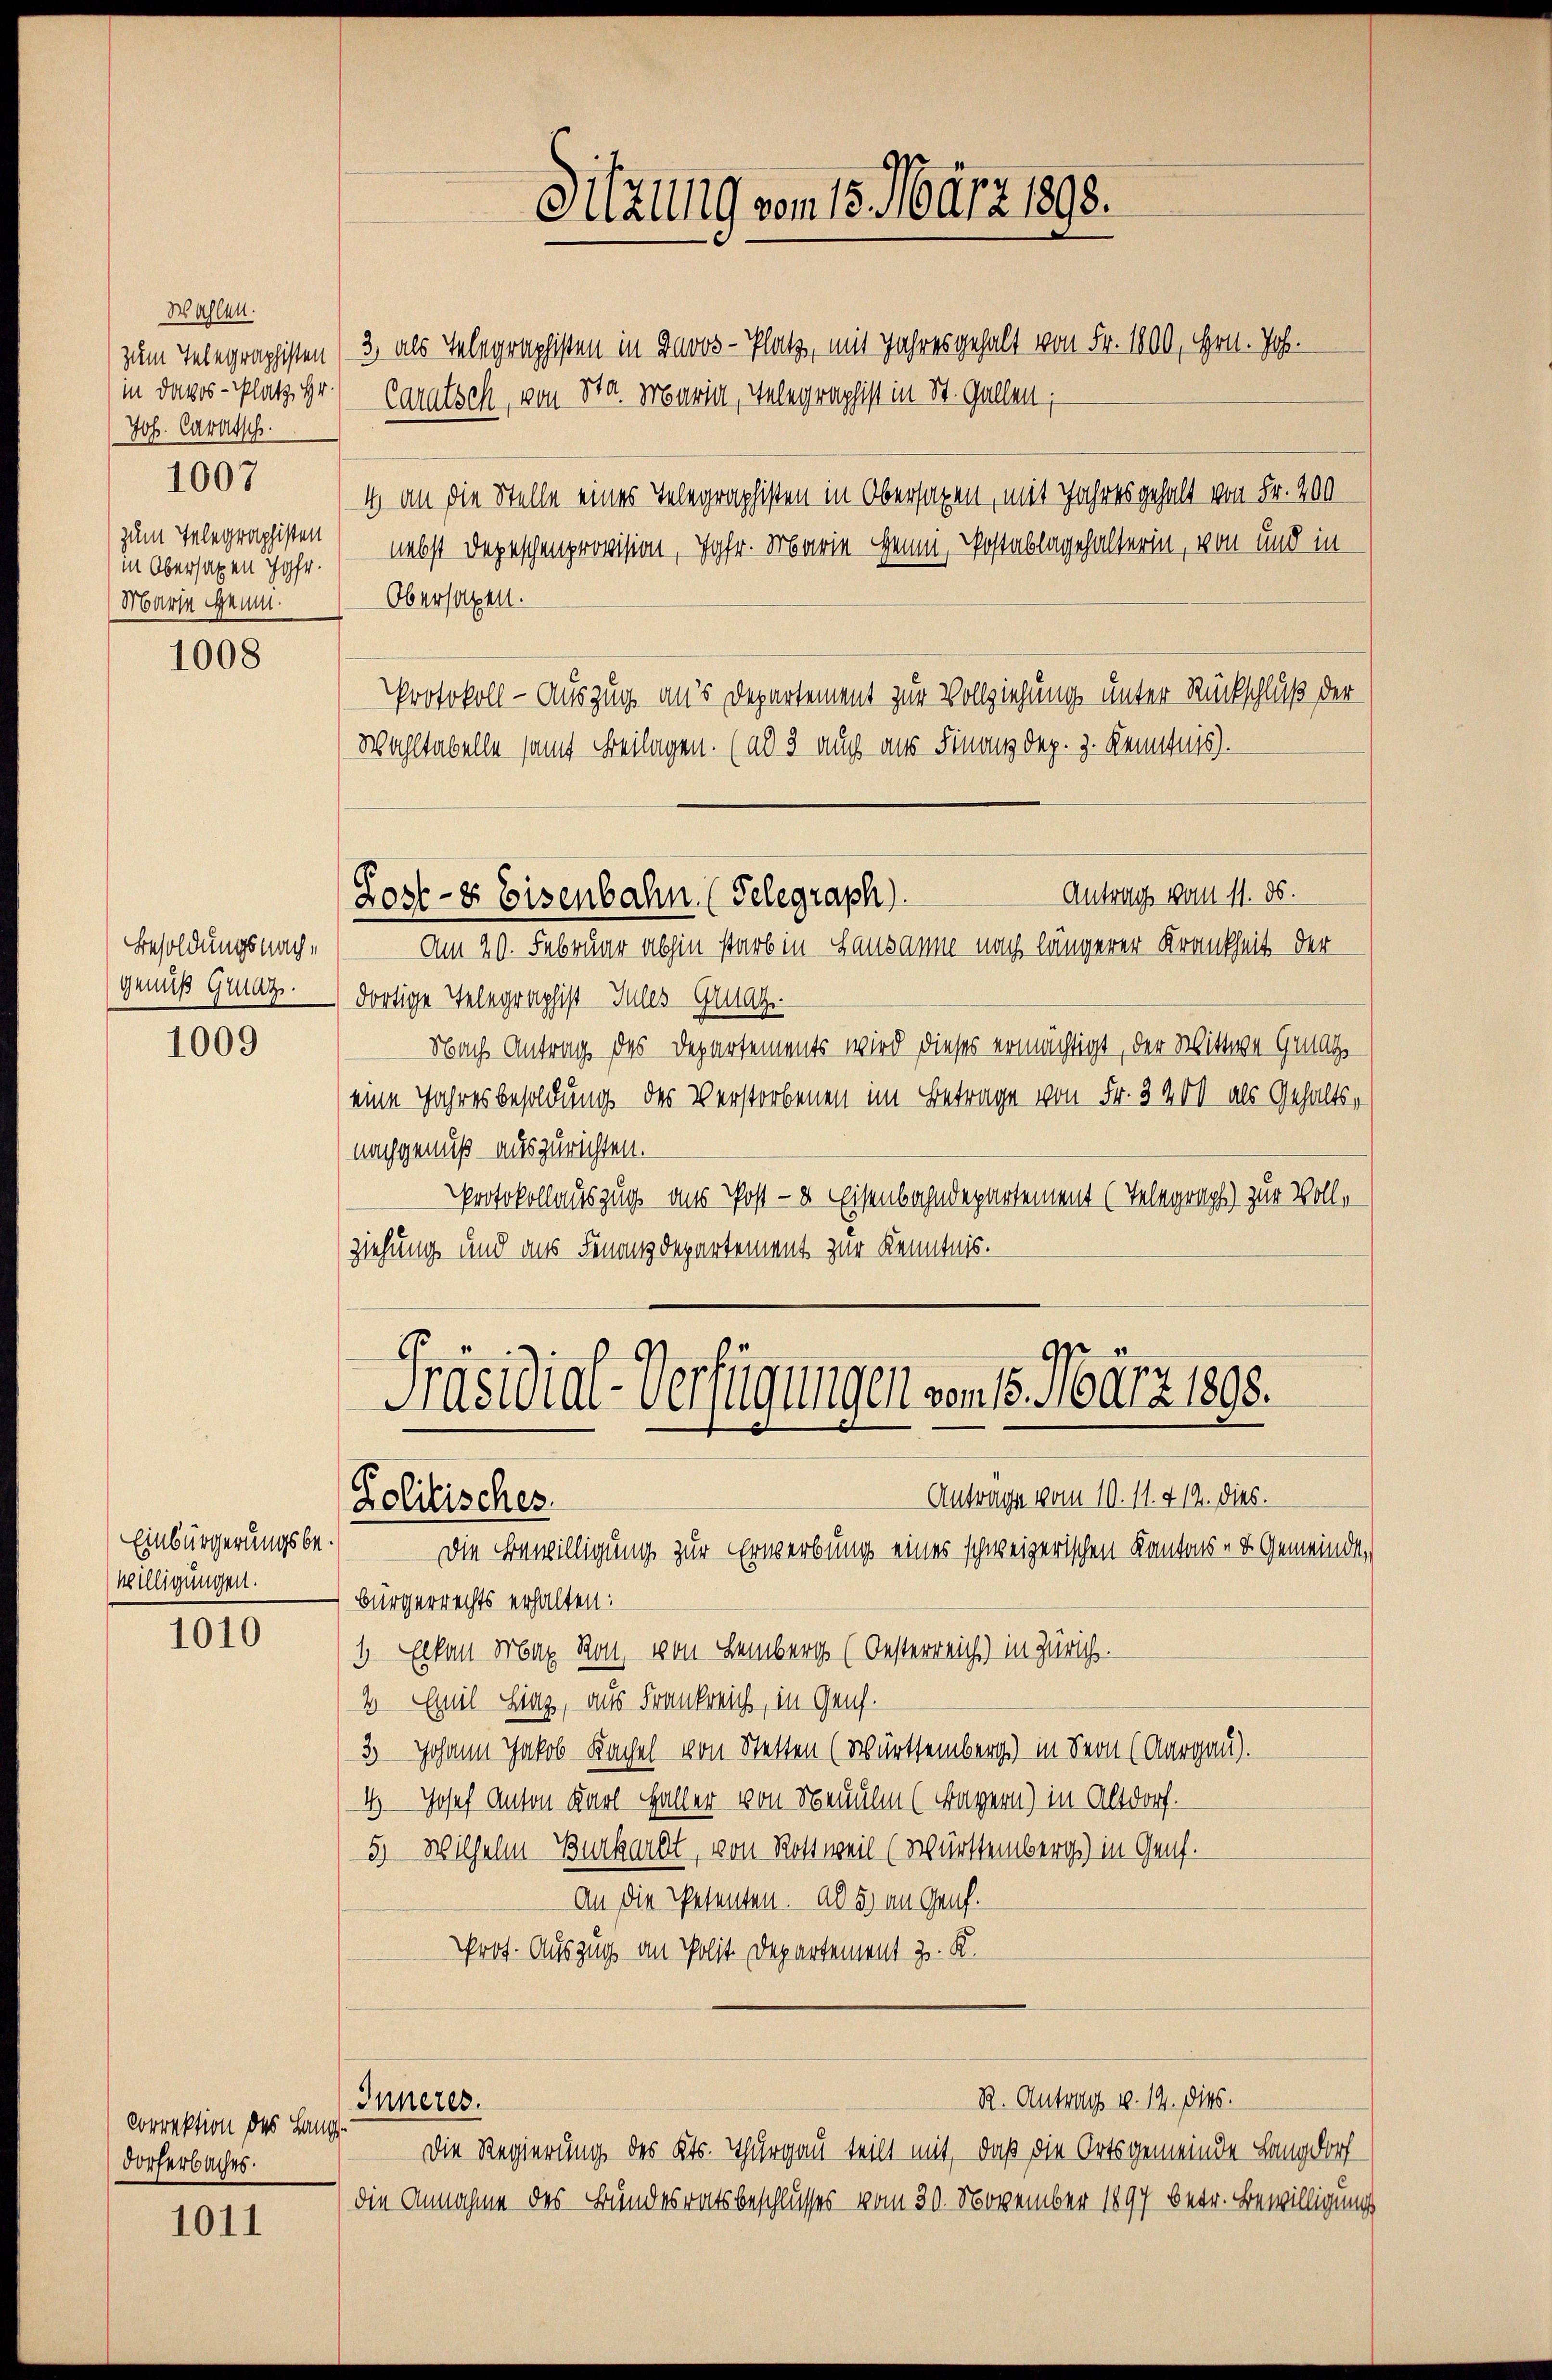
Wahlen.
in Davos- Platz Hr.
Joh. Caratsch.
1007
zum Telegraphisten
in Obersagen Jahr.
Marie Heim.

1008

Besoldungsnachgenuß Graz.

1009

Einbürgerungsbewilligungen.

1010

Correktion des Lang
dorferbaches.

1011

Sitzung vom 15. März 1898.

zum Telegraphisten 3, als Telegraphisten in Davos- Platz, mit Jahresgehalt von Fr. 1800, Hrn. Joh.
Caratsch, von St. Maria, Telegraphist in St. Gallen;
4 an die Stelle eines Telegraphisten in Obersagen, mit Jahres gehalt von Fr. 200
nebst Depeschenprovision, Jgfr. Marie Gemein Postablagehalterin, von und in
Obersagen.
Protokoll - Auszug an’s Departement zur Vollziehung unter Rückschluß der
Wohltabelle samt Beilagen. (ad 3 auch aus Finanzdep. 3. Kenntnis.
Antrag vom 11. ds.
Lost- & Eisenbahn (Telegraph).
Am 20. Februar abhin starb in Lausanne nach längerer Krankheit der
dortige Telegraphist Iules Grunz
Nach Antrag des Departements wird dieses ermächtigt, der Wittwe Grunds
eine Jahresbesoldung des Verstorbenen im Betrage von Fr. 3400 als Gehalts-
nachgenuß auszurichten.
Protokollauszug aus Post- & Eisenbahndepartement (Telegraph) zur Vollziehung und aus Finanzdepartement zur Kenntnis.

Präsidial-Verfügungen vom 15. März 1895.
Antrage vom 10. 11. 419. dies.
Zolitischer.

Die Bewilligung zur Erwerbung eines schweizerischen Kantons- & Gemeinde,
Bürgerrechts erhalten:
1 Elkan Max Ron, von Lemberg (Oesterreich) in Zürich.
2 Emil Linz, aus Frankreich, in Genf.
3 Johann Jakob Kachel von Stetten (Württemberg) in Seon (Aargau).
4) Josef Anton Karl Haller von Neualm (Bayern) in Altdorf.
5) Wilhelm Burkardt, von Rottweil (Württemberg) in Genf.
An die Petenten. ad 5. an Genf.
Prof. Auszug an Polit. Departement z. K.
R. Antrag v. 19. dies
Inneres.
Die Regierung des Kts. Thurgau teilt mit, daß die Ortsgemeinde Langdorf
die Annahme des Bundesratsbeschlusses vom 30. November 1897 betr. Bewilligung